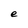
Character: e